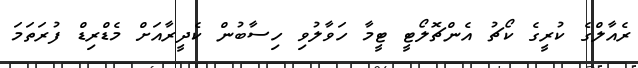
ރެއާލްގެ ކުރީގެ ކޯޗު އެންޗޮލޯޓީ ޓީމާ ހަވާލުވި ހިސާބުން ކެދީރާއަށް މެޑްރިޑް ފުރަތަމަ